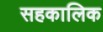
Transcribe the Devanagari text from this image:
सहकालिक